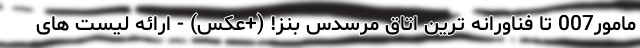
مامور007 تا فناورانه ترین اتاق مرسدس بنز! (+عکس) - ارائه لیست های